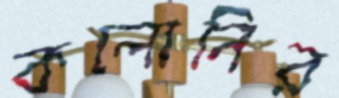
কলোনির